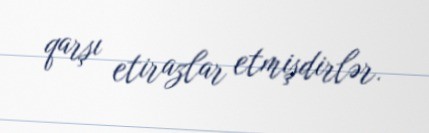
qarşı etirazlar etmişdirlər.